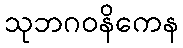
သုဘဂဝနိကေန